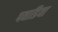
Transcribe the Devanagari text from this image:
पवाडिया